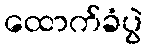
ထောက်ခံပွဲ